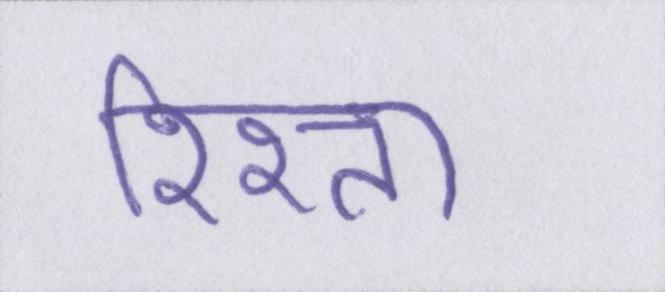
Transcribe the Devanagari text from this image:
रिश्ता